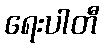
ရေးပါတီ